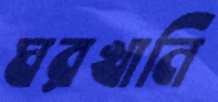
ঘরখানি